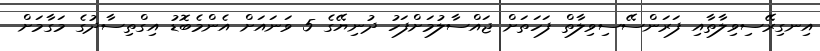
އިނގިރޭސިވިލާތާއި ފަރަންސޭސިވިލާތް ފަހަތަށް ޖައްސާލުމަށްފަހު ދުނިޔޭގެ 5 ވަނައަށް އެންމެބޮޑު އިގްތިސާދުގެ މަގާމަށް